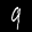
Label: 9